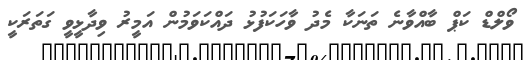
ވޯލްޑް ކަޕް ބާއްވާނެ ތަނަކާ މެދު ވާހަކަފުޅު ދައްކަވަމުން އަމީރު ވިދާޅީވީ ގަތަރަކީ